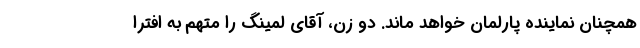
همچنان نماینده پارلمان خواهد ماند. دو زن، آقای لمینگ را متهم به افترا